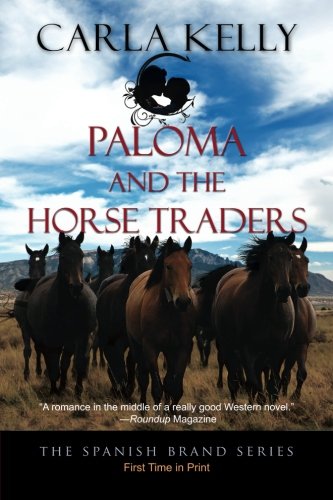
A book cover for Paloma and the Horse Traders (The Spanish Brand Series Book 3); Carla Kelly; Romance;